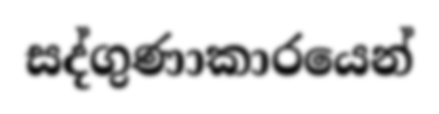
සද්ගුණාකාරයෙන්